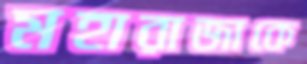
মহারাজাকে